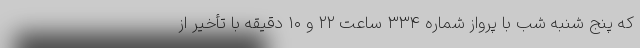
که پنج شنبه شب با پرواز شماره ۳۳۴ ساعت ۲۲ و ۱۰ دقیقه با تأخیر از